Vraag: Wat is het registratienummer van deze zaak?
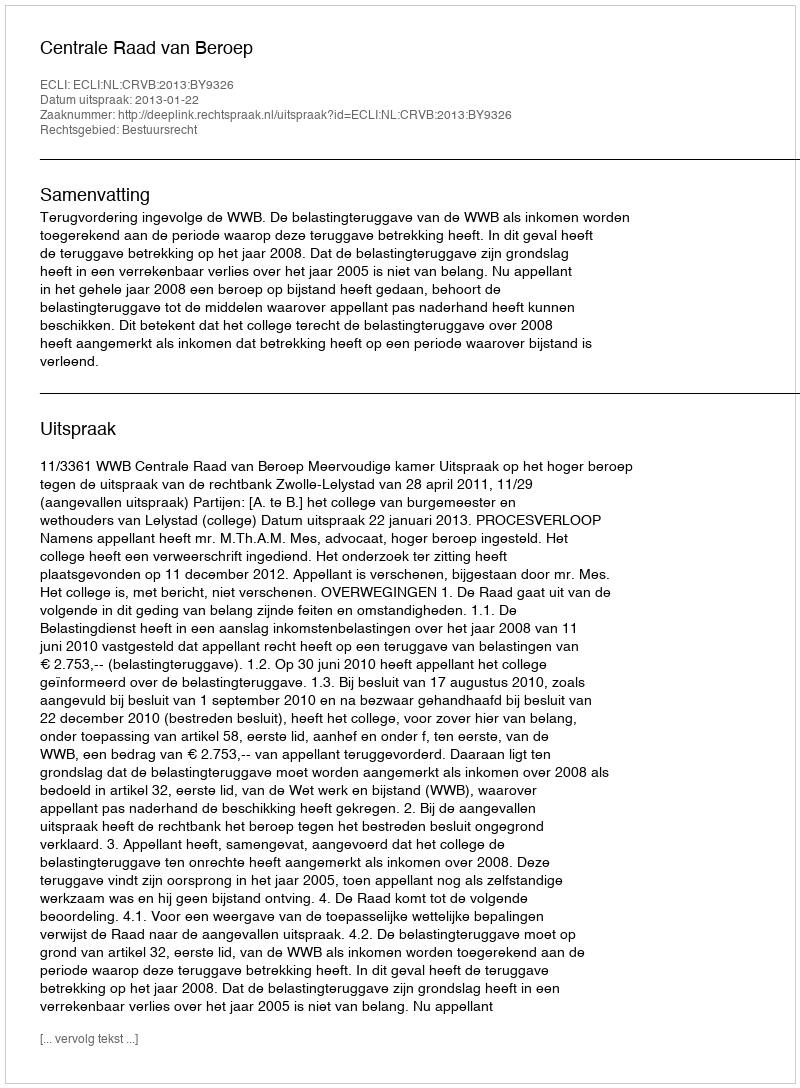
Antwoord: http://deeplink.rechtspraak.nl/uitspraak?id=ECLI:NL:CRVB:2013:BY9326